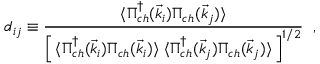
d _ { i j } \equiv { \frac { \langle \Pi _ { c h } ^ { \dag } ( \vec { k } _ { i } ) \Pi _ { c h } ( \vec { k } _ { j } ) \rangle } { \left[ \, \langle \Pi _ { c h } ^ { \dag } ( \vec { k } _ { i } ) \Pi _ { c h } ( \vec { k } _ { i } ) \rangle \; \langle \Pi _ { c h } ^ { \dag } ( \vec { k } _ { j } ) \Pi _ { c h } ( \vec { k } _ { j } ) \rangle \, \right] ^ { 1 / 2 } } } \ \; ,